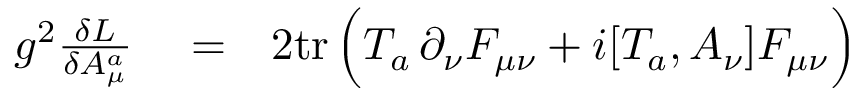
\begin{array} { r l r } { g ^ { 2 } { \frac { \delta { \cal L } } { \delta A _ { \mu } ^ { a } } } } & { { } = } & { { 2 } \mathrm { t r } \, \Big ( T _ { a } \, \partial _ { \nu } F _ { \mu \nu } + i [ T _ { a } , A _ { \nu } ] F _ { \mu \nu } \Big ) } \end{array}